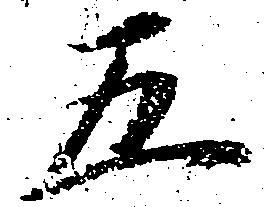
五